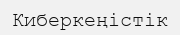
Киберкеңістік